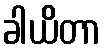
ခါယိတာ